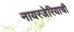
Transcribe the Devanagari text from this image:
नायरजेरियाची